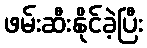
ဖမ်းဆီးနိုင်ခဲ့ပြီး